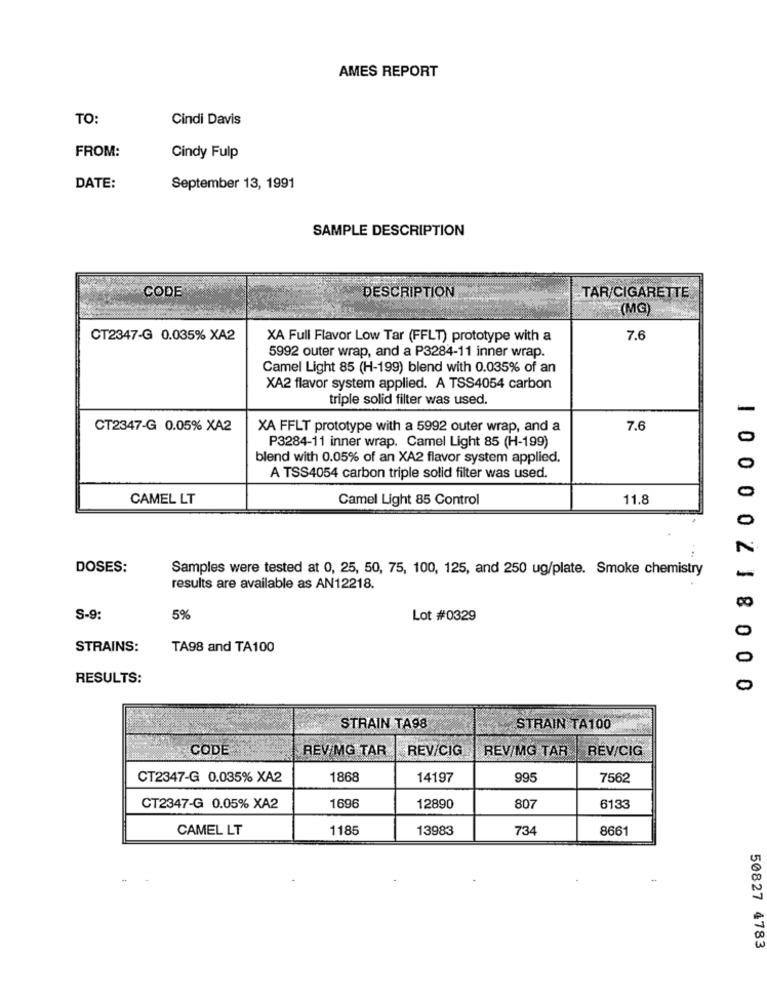
AMES REPORT
TO:
Cindi Davis
FROM:
Cindy Fulp
DATE:
September 13, 1991
SAMPLE DESCRIPTION
CODE
DESCRIPTION
TAR/CIGARETTE
(MG)
CT2347-G 0.035% XA2
XA Full Flavor Low Tar (FFLT) prototype with a
7.6
5992 outer wrap, and a P3284-11 inner wrap.
Camel Light 85 (H-199) blend with 0.035% of an
XA2 flavor system applied. A TSS4054 carbon
triple solid filter was used.
-
CT2347-G 0.05% XA2
XA FFLT prototype with a 5992 outer wrap, and a
7.6
P3284-11 inner wrap. Camel Light 85 (H-199)
0
blend with 0.05% of an XA2 flavor system applied.
o
A TSS4054 carbon triple solid filter was used.
CAMEL LT
Camel Light 85 Control
11.8
100002
DOSES:
Samples were tested at 0, 25, 50, 75, 100, 125, and 250 ug/plate. Smoke chemistry
results are available as AN12218.
S-9:
5%
Lot #0329
STRAINS:
TA98 and TA100
0
RESULTS:
0
8000
STRAIN TA98
STRAIN TA100
CODE
REVIMG TAR
REV/CIG
REV/MG TAR
REV/CIG
CT2347-G 0.035% XA2
1868
14197
995
7562
CT2347-G 0.05% XA2
1696
12890
807
6133
CAMEL LT
1185
13983
734
8661
50827 4783